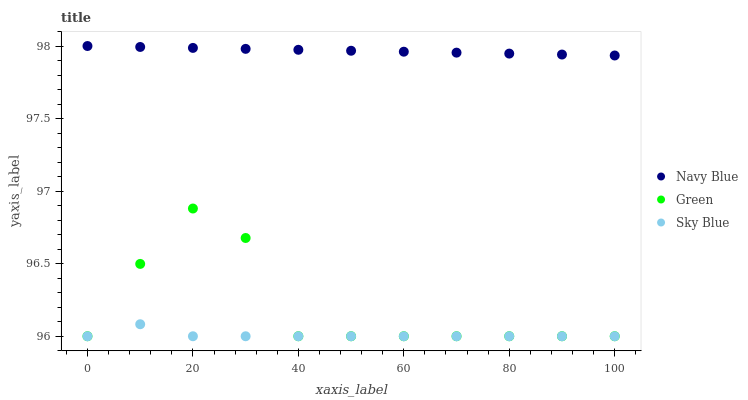
| xaxis_label | Navy Blue | Green | Sky Blue |
 | --- | --- | --- | --- |
 | 0 | 98 | 96 | 96 |
 | 10 | 98 | 96.5 | 96.1 |
 | 20 | 98 | 96.9 | 96 |
 | 30 | 98 | 96.7 | 96 |
 | 40 | 98 | 96 | 96 |
 | 50 | 98 | 96 | 96 |
 | 60 | 98 | 96 | 96 |
 | 70 | 98 | 96 | 96 |
 | 80 | 97.9 | 96 | 96 |
 | 90 | 97.9 | 96 | 96 |
 | 100 | 97.9 | 96 | 96 |